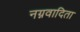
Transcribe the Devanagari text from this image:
नग्नवादिता